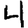
Digit: 4